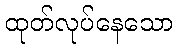
ထုတ်လုပ်နေသော